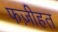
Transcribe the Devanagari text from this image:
फज़ीहत